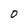
Character: 0